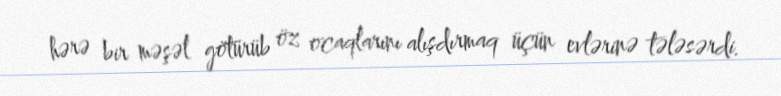
hərə bir məşəl götürüb öz ocaqlarını alışdırmaq üçün evlərinə tələsərdi.